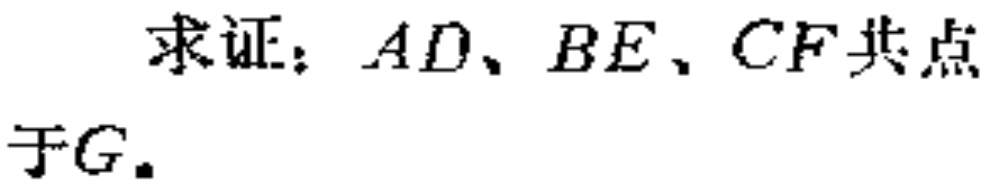
求证：$AD、BE、CF$共点于$G.$